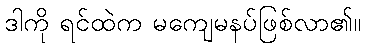
ဒါကို ရင်ထဲက မကျေမနပ်ဖြစ်လာ၏။